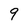
Character: 9